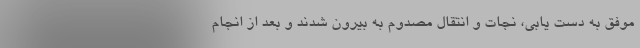
موفق به دست یابی، نجات و انتقال مصدوم به بیرون شدند و بعد از انجام